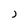
Character: j